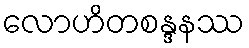
လောဟိတစန္ဒနဿ